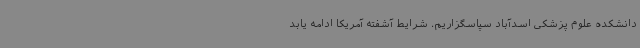
دانشکده علوم پزشکی اسدآباد سپاسگزاریم. شرایط آشفته آمریکا ادامه یابد